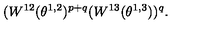
( W ^ { 1 2 } ( \theta ^ { 1 , 2 } ) ^ { p + q } ( W ^ { 1 3 } ( \theta ^ { 1 , 3 } ) ) ^ { q } .